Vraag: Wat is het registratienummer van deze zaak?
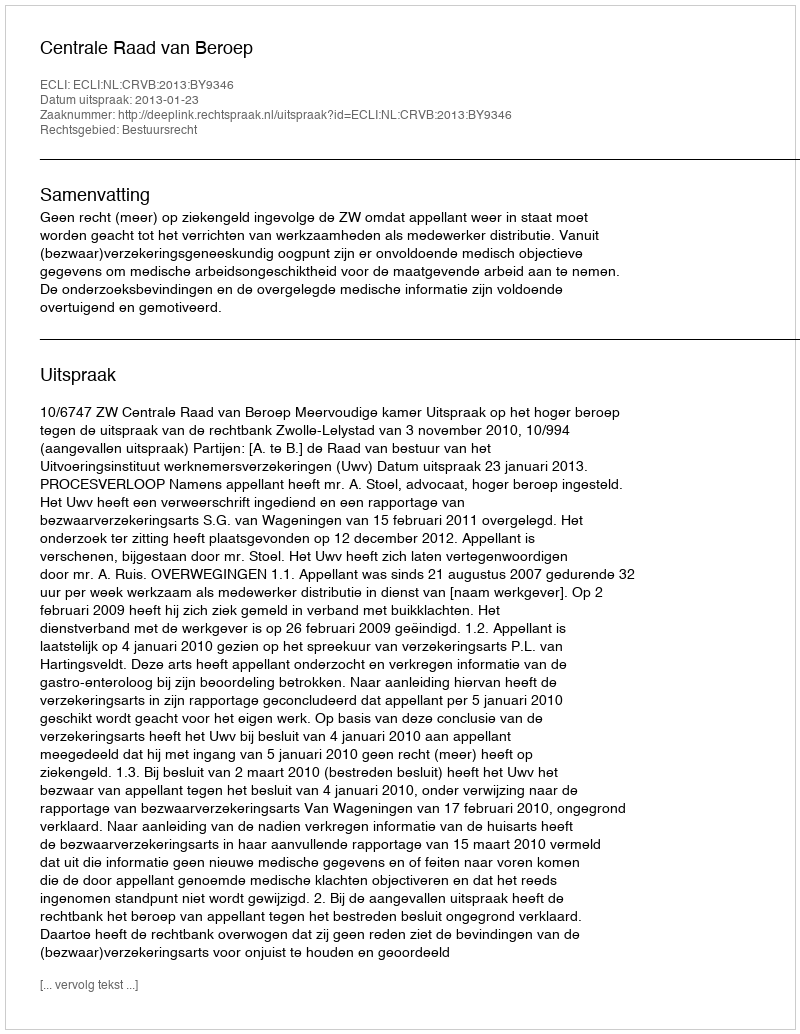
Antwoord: http://deeplink.rechtspraak.nl/uitspraak?id=ECLI:NL:CRVB:2013:BY9346